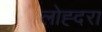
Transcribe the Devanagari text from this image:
लोह्दरा